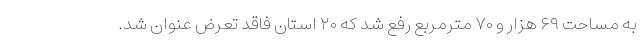
به مساحت ۶۹ هزار و ۷۰ مترمربع رفع شد که ۲۰ استان فاقد تعرض عنوان شد.